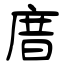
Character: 庴